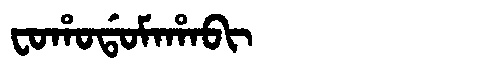
Manchu: ᠸᠣᡥᠣᡩᠣᠮᠠᡥᠠᠪᡳ
Romanization: FOHODOMAHABI